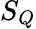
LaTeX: S_{Q}